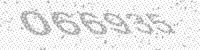
Solution: 066935